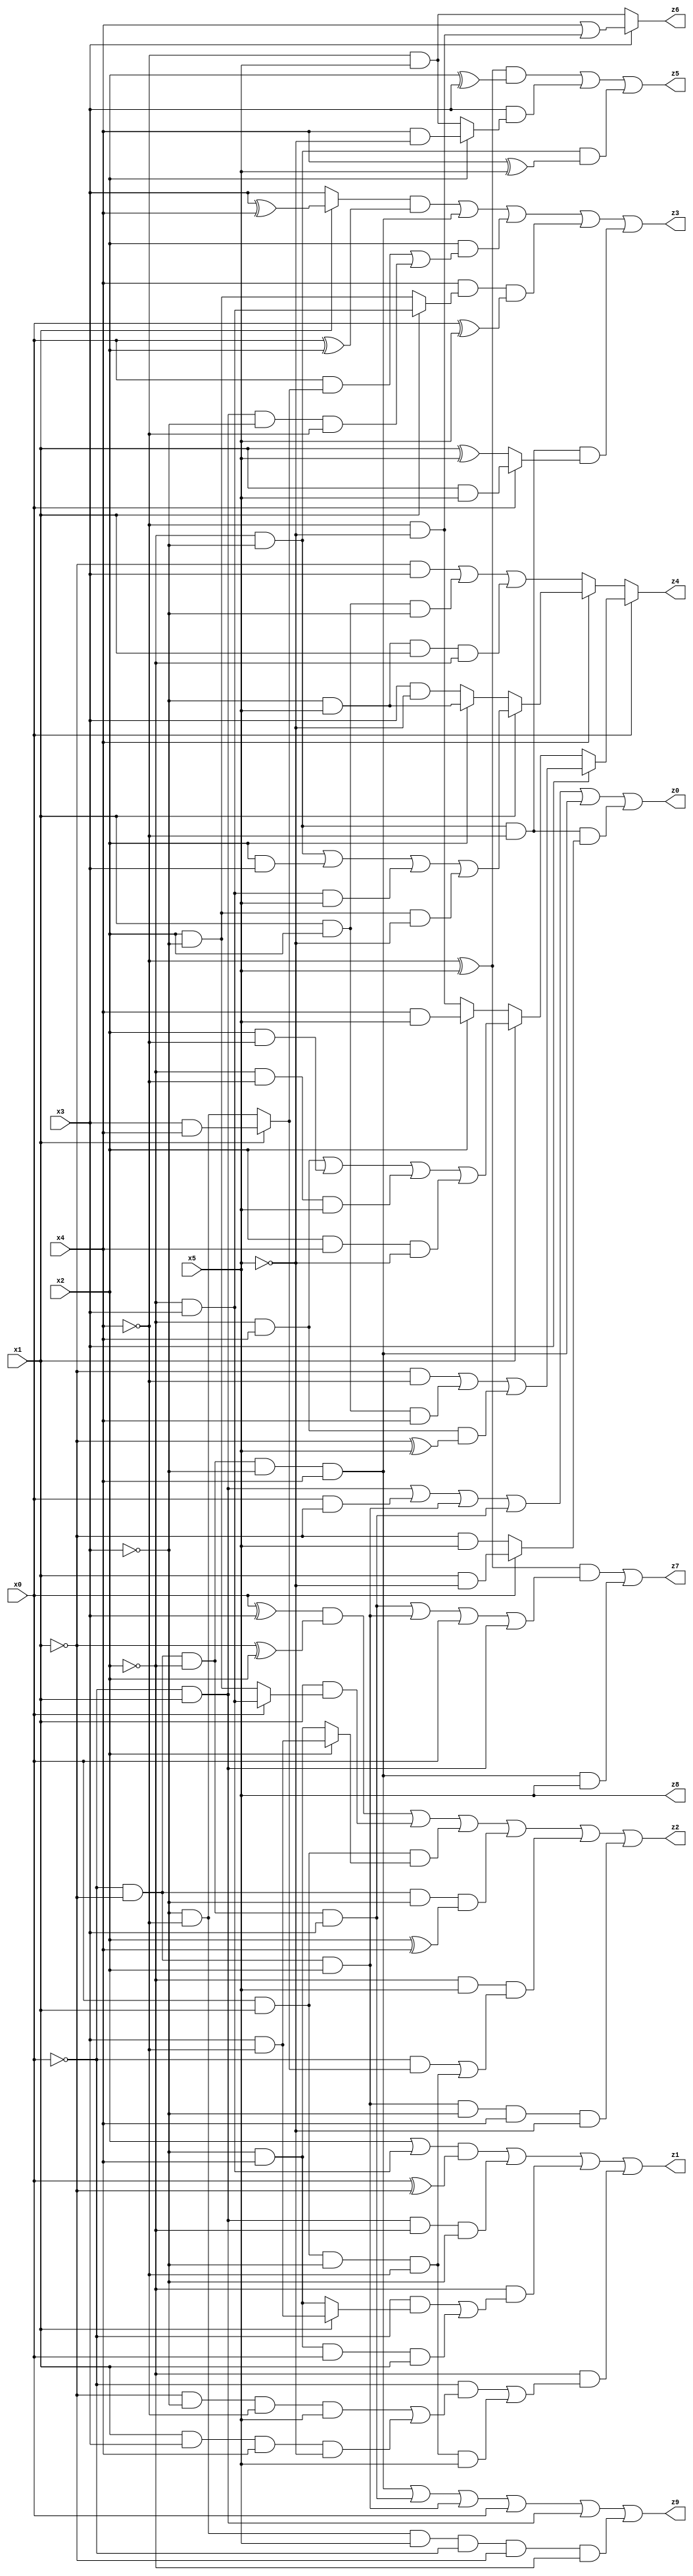
// Benchmark "X_35" written by ABC on Mon Jun 05 19:33:48 2023

module X_35 ( 
    x0, x1, x2, x3, x4, x5,
    z0, z1, z2, z3, z4, z5, z6, z7, z8, z9  );
  input  x0, x1, x2, x3, x4, x5;
  output z0, z1, z2, z3, z4, z5, z6, z7, z8, z9;
  assign z0 = (~x0 & x1) | (x0 & ~x1) | (~x0 & ~x1 & x2) | (~x0 & ~x1 & ~x2 & x3) | (~x0 & ~x1 & ~x2 & ~x3 & x4) | (~x2 & ~x3 & ~x4 & (x0 ? (x1 & ~x5) : (~x1 & x5)));
  assign z1 = ((x2 | (~x2 & x3)) & (x0 ^ ~x1)) | (~x0 & x1 & ~x2 & ~x3) | (~x2 & ((~x0 & (x1 ? (x3 & ~x4) : (~x3 & x4))) | (~x3 & x4 & x0 & x1))) | (~x2 & ((~x0 & ((~x1 & ~x3 & ~x4 & x5) | (x1 & x3 & x4 & ~x5))) | (x0 & x1 & ~x3 & ~x4 & x5)));
  assign z2 = ((x0 ^ x3) & (~x1 ^ x2)) | (x1 & (x0 ? (~x2 & x3) : (x2 & ~x3))) | (x0 & x1 & (x2 ? (x3 & ~x4) : (~x3 & x4))) | (~x0 & ~x1 & ~x3 & (x2 ^ x4)) | (~x2 & x5 & ((~x0 & (x1 ? (x3 & x4) : (~x3 & ~x4))) | (x0 & x1 & ~x3 & ~x4))) | (~x0 & ~x1 & x2 & ~x3 & x4 & ~x5);
  assign z3 = ((x1 ? (x3 ^ x4) : x3) & (x0 ^ x2)) | (~x0 & ~x1 & ~x2 & ~x3 & x4) | (x2 & ((x0 & (x1 ? (x3 & x4) : (~x3 & ~x4))) | (~x0 & x1 & ~x3 & ~x4))) | (x4 & (x1 ? (~x2 & x3) : (x2 & ~x3)) & (x0 ^ x5)) | (~x2 & ~x3 & ~x4 & (x0 ? (x1 & x5) : (x1 ^ x5)));
  assign z4 = x0 ? (x3 ? ((~x1 & ~x4) | (x1 & x2 & x4) | (~x2 & x4 & (~x1 ^ x5))) : (x1 ? ((~x2 & x4) | (x2 & ~x4) | (~x2 & ~x4 & x5) | (x2 & x4 & ~x5)) : (x2 ? (x4 & x5) : (~x4 & ~x5)))) : (x4 ? (x1 ? ((~x2 & ~x3) | (x2 & x3) | (~x2 & x3 & x5) | (x2 & ~x3 & ~x5)) : (x2 ? (~x3 & x5) : (x3 & ~x5))) : ((~x1 & x3) | (x1 & x2 & ~x3) | (~x3 & x5 & x1 & ~x2)));
  assign z5 = ((~x4 ^ x5) & (x2 ^ x3)) | (x3 & (x2 ? (x4 & ~x5) : (~x4 & x5))) | (~x2 & ~x3 & (x4 ^ x5));
  assign z6 = x3 ? (x4 | (~x4 & ~x5)) : (~x4 & x5);
  assign z7 = ((~x4 ^ x5) & ((~x0 & ~x1 & ~x2 & x3) | (~x0 & ~x1 & x2) | x0 | (~x0 & x1))) | (~x0 & ~x1 & ~x2 & ~x3 & x4 & x5);
  assign z8 = x5;
  assign z9 = (~x0 & ~x1 & ~x2 & ~x3 & x4) | (~x0 & ~x1 & ~x2 & x3) | (~x0 & ~x1 & x2) | x0 | (~x0 & x1) | (~x3 & ~x4 & x5 & ~x0 & ~x1 & ~x2);
endmodule